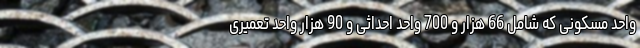
واحد مسکونی که شامل 66 هزار و 700 واحد احداثی و 90 هزار واحد تعمیری